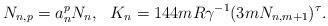
LaTeX: \begin{align*}N_{n,p}=a_{n}^{p}N_{n},\ \ K_{n}=144mR\gamma^{-1}(3mN_{n,m+1})^{\tau}.\end{align*}